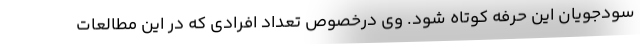
سودجویان این حرفه کوتاه شود. وی درخصوص تعداد افرادی که در این مطالعات